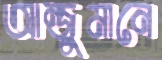
আন্জুমানে